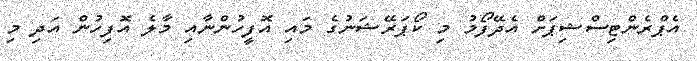
އެޕްރެންޓިސްޝިޕަށް އެދޭފޯމު މި ކޯޕަރޭޝަނުގެ މައި އޮފީހުންނާއި މާލެ އޮފިހުން އަދި މި